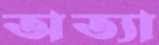
অত্যা